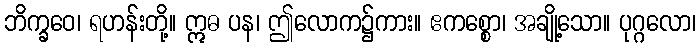
ဘိက္ခဝေ၊ ရဟန်းတို့။ ဣဓ ပန၊ ဤလောက၌ကား။ ဧကစ္စော၊ အချို့သော။ ပုဂ္ဂလော၊